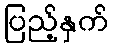
ပြည့်နှက်